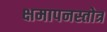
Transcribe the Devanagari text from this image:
क्षमापनस्तोत्र